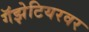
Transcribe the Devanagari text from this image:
गॅझेटियरवर